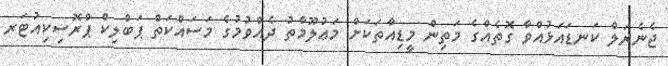
ޖެނެރަލް ކަނޑައަޅުއްވާ ގޮތެއްގެ މަތިން މީޑިއާތަކަށް މަޢުލޫމާތު ދެއްވުމުގެ މަސައްކަތް ޕަބްލިކް ޕްރޮސިކިއުޓަރ